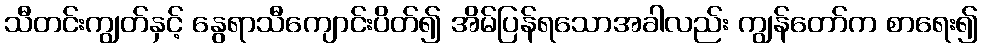
သီတင်းကျွတ်နှင့် နွေရာသီကျောင်းပိတ်၍ အိမ်ပြန်ရသောအခါလည်း ကျွန်တော်က စာရေး၍